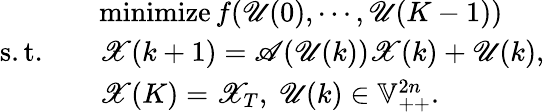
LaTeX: \begin{array}{rl}&{\operatorname{minimize}f(\mathscr{U}(0),\cdots,\mathscr{U}(K-1))}\\ {\mathrm{s.t.}\quad}&{\mathscr{X}(k+1)=\mathscr{A}(\mathscr{U}(k))\mathscr{X}(k)+\mathscr{U}(k),}\\ {\quad}&{\mathscr{X}(K)=\mathscr{X}_{T},\ \mathscr{U}(k)\in\mathbb{V}_{++}^{2n}.}\end{array}